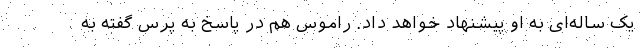
یک ساله‌ای به او پیشنهاد خواهد داد. راموس هم در پاسخ به پرس گفته به